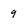
Character: 9